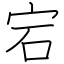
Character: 宕